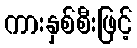
ကားနှစ်စီးဖြင့်